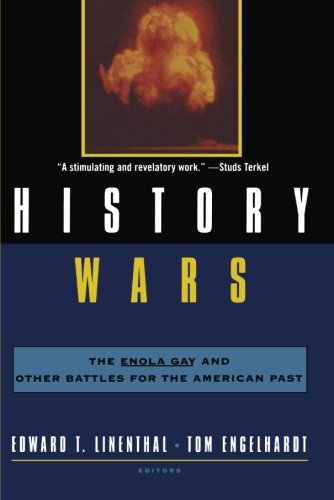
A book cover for History Wars: The Enola Gay and Other Battles for the American Past; History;